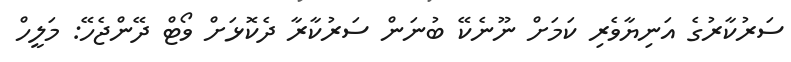
ސަރުކާރުގެ އަނިޔާވެރި ކަމަށް ނޫނެކޭ ބުނަން ސަރުކާރާ ދެކޮޅަށް ވޯޓް ދޭންޖެހޭ: މަލީހް